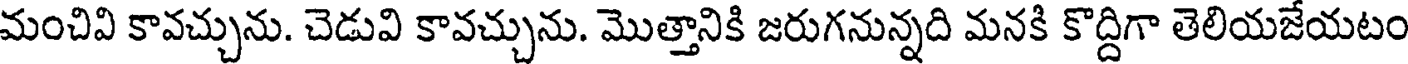
మంచివి కావచ్చును. చెడువి కావచ్చును. మొత్తానికి జరుగనున్నది మనకి కొద్దిగా తెలియజేయటం